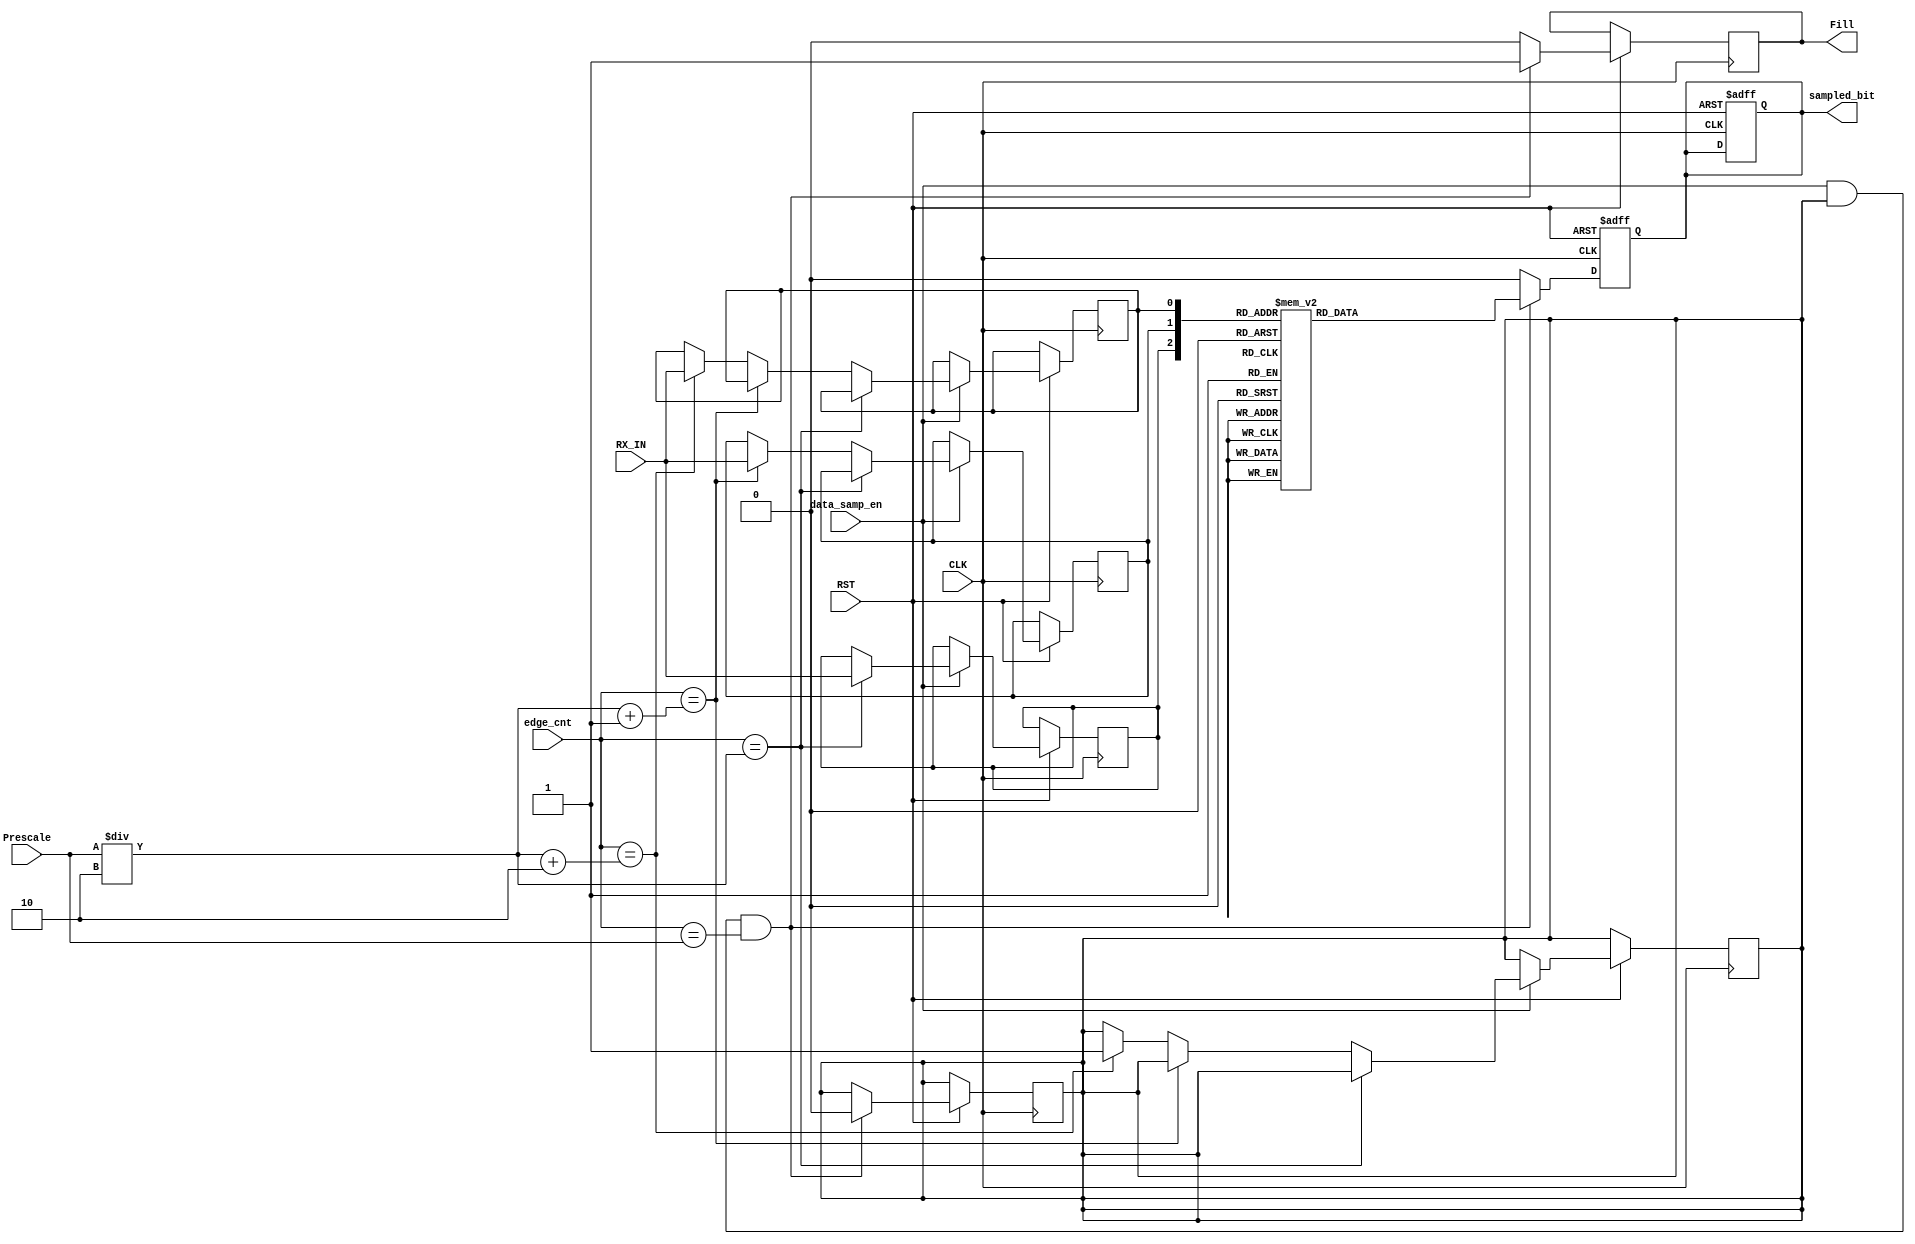
module data_sampling (
input 		wire 			CLK,
input 		wire 			RST,
input 		wire 			data_samp_en,
input 		wire 			RX_IN,
input		wire	[4:0]	edge_cnt,
input 		wire 	[4:0]	Prescale,
output		reg 			sampled_bit,
output		reg				Fill
);

reg sample1 ;
reg sample2 ;
reg sample3 ;

reg check_probabilty ;


///////////// sampling ////////////////
always @(posedge CLK or negedge RST) 
 begin

	if (!RST) begin
		sampled_bit <= 'b0 ;		
	end

	else if (data_samp_en) begin
		if (edge_cnt == Prescale/2) begin
			sample1 <= RX_IN ;
		end

		else if (edge_cnt == (Prescale/2 + 1) ) begin
			sample2 <= RX_IN ;
		end

		else if (edge_cnt == (Prescale/2 + 2) ) begin
			sample3 <= RX_IN ;
			check_probabilty <= 1'b1 ;
		end

	end

 end


//////////////// output ////////////////
always @(posedge CLK or negedge RST) 
 begin

 	if (!RST) begin
		sampled_bit <= 'b0 ;		
 	end

 	else if (data_samp_en && check_probabilty && edge_cnt == Prescale) begin
 		
 		check_probabilty <= 1'b0 ;
 		Fill <= 1'b1 ;

 		case({sample1,sample2,sample3})
 			3'b000:begin
 				sampled_bit <= 1'b0 ;
 			end
			3'b001:begin
				sampled_bit <= 1'b0 ;
			end
			3'b010:begin
				sampled_bit <= 1'b0 ;
			end
			3'b011:begin
				sampled_bit <= 1'b1 ;
			end
			3'b100:begin
				sampled_bit <= 1'b0 ;
			end
			3'b101:begin
				sampled_bit <= 1'b1 ;
			end
			3'b110:begin
				sampled_bit <= 1'b1 ;
			end
			3'b111:begin
				sampled_bit <= 1'b1 ;
			end
			default:begin
				sampled_bit <= 1'b0 ;
			end
 		endcase

 	end

 	else begin //condition added just to see sampled bit on waveform doesn't affect functionality
 		sampled_bit <= 1'b0 ;
 		Fill <= 1'b0 ;
 	end

 end



endmodule